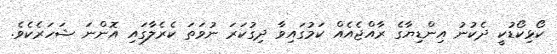
ކޯޅިކޯޑުކީ ދެކުނު އިންޑިޔާގެ ރާއްޖެއެއް ކަމުގައިވާ ދިގުކަރަ ނުވަތަ ކެރެލާގައި އޮންނަ ޝަހަރެކެވެ.